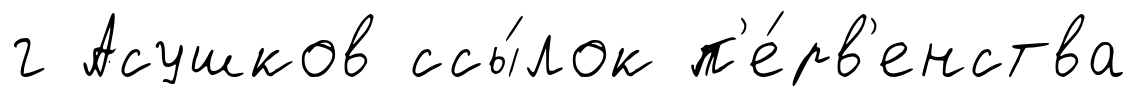
г Асушков ссы́лок п'е́рв'енства